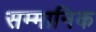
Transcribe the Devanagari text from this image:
सम्‍मानिक